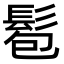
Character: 髱